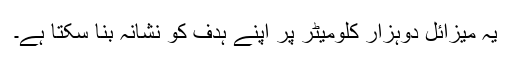
یہ میزائل دوہزار کلومیٹر پر اپنے ہدف کو نشانہ بنا سکتا ہے۔